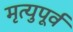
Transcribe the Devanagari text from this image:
मृत्युपूर्व